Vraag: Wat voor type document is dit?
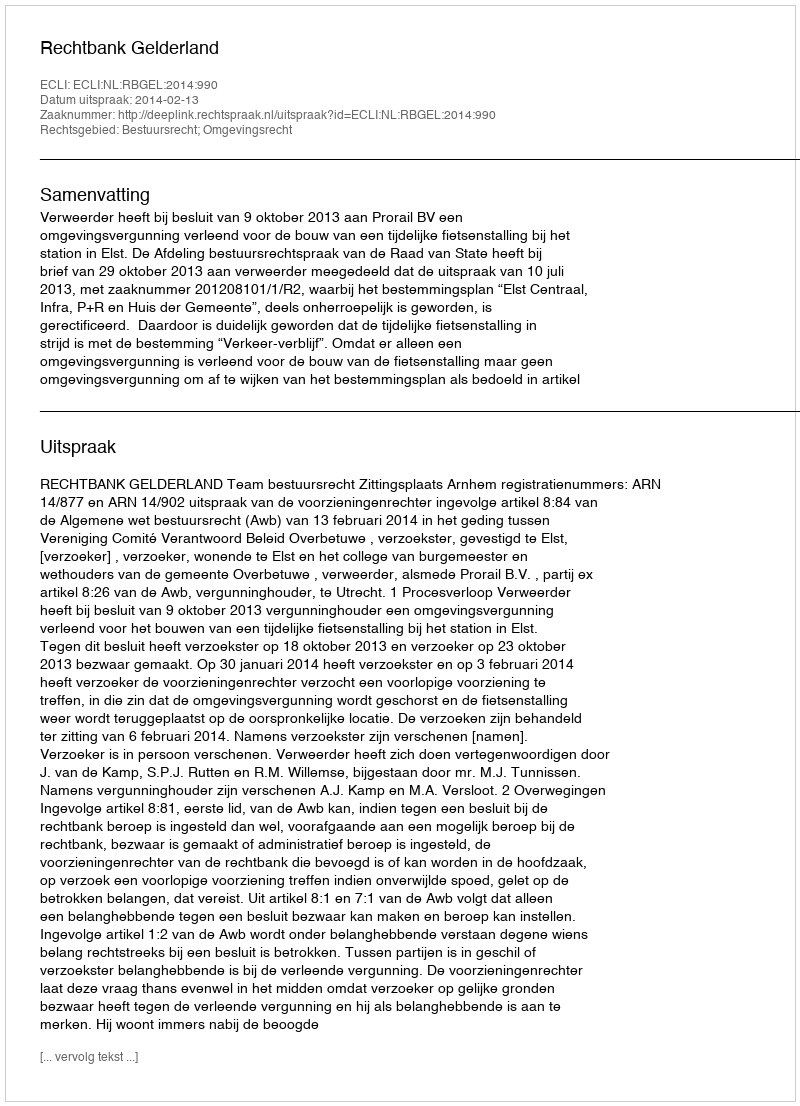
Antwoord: Uitspraak